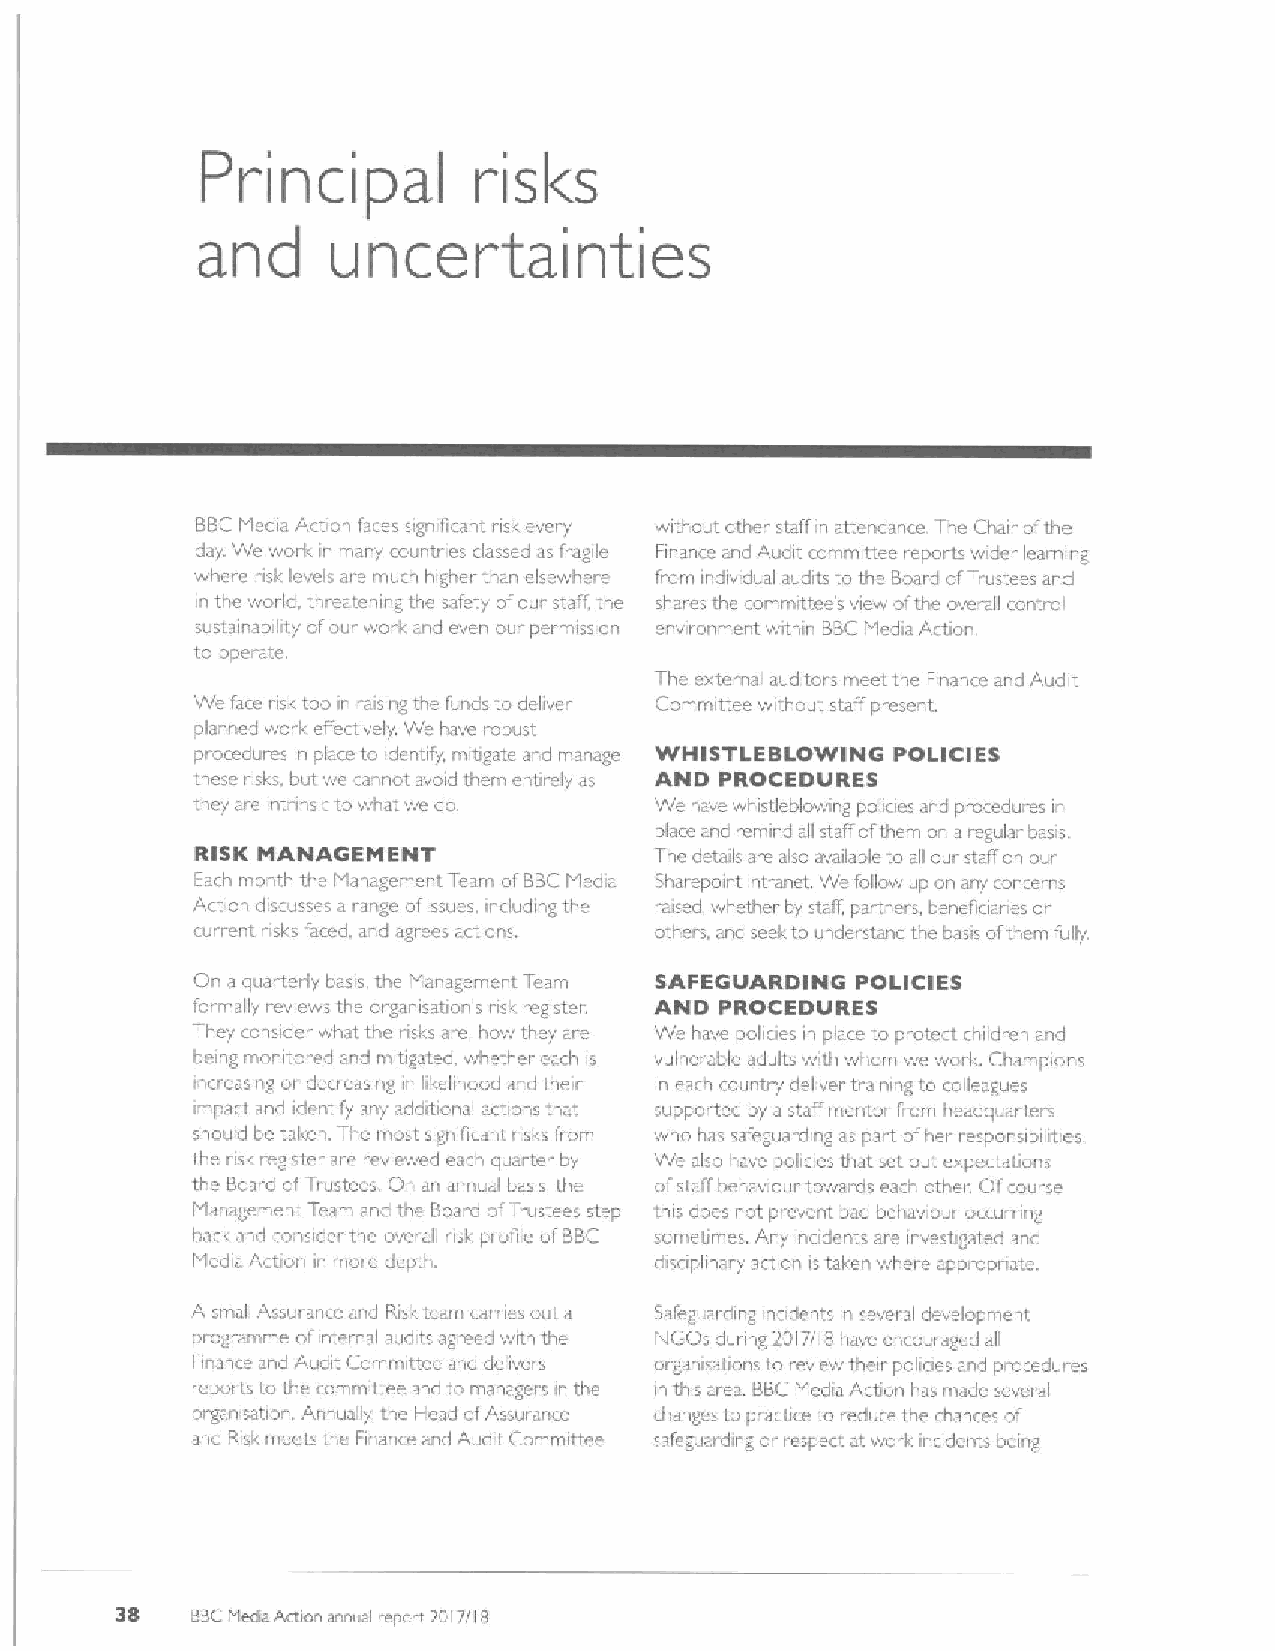
Principal
 risl&s
 and      uncer      tainties
 BBCMedia Action faces significant risk every without other staff in attendance. The Chair ofthe
 day. We worlc in many rountries classed as fiagile Finance and Auciit committee report wider learning
 where risk levels are much higher tl an elsewhere fram indwidual audits to the Board ofTrustees and
 in the world, threatening the safety ofaur staff the shares the comrrattee's view ol'the overall control
 sustainability ofour work. arid even our permission environment within BBCMedia Actian.
 to operate.
 The external auditors meet the Finanre and Audit
 We face risk too in raising the funds to delwcr Committee without staff present.
 planned work effectwely We have robust
 procedures in place to identify, mitigate and manage WHISTLEBLOWING POLICIES
 these iisks. but we cannot avoid them entirely as AND PROCEDURES
 they are intrinsi to what we do. We have whistleblowing policies and procedures in
 place and remind all staff ofthem on a regufar basis.
 RISK MANAGEMENT               The details ar'e also available to all our staff on our
 Each month the Management Team ofBBCMedia Sharepoint intranet Wc follow up on any concerns
 Action discusses a r~nge ofissues, including the raised whether by staff, part ers, beneficiaries or
 rurrent risks faced, and agrees actians. others, and seel to understand the basis ofthem fully.
 On a quarterly basis, the Management Team SAFEGUARDING POLICIES
 formally reviews the oi.ganisation's risk register AND PROCEDURES
 They consider what the nsks are how they are We have pohoes in place to pratcct children and
 being monitored and mitigated, whether each is vulnerable adults with whom we war k. Champions
 increasing or decreasing in likelihood a d their in each country delwer training to colleagues
 impacl and identify any additional actians that supported by a staff mentor from headquarters
 should be taken. The most significant risl.s from who has safeguarding as part ofher responsibilities
 the rislr register are rewewed each quarter by Wc also have policies that set out cxpcctatians
 the Board ofTrustees. O an annval basis the ofstaff behaviour towards each other Of course
 Management Team and the Board afTrustees step this doc& not prevent bad behaviour occurring
 bacl and consider the overall r'isl profile ofBBC sometimes. Any incidents are investigated and
 Media Action in mare depth.   disaplinary action i& taken where appropriate.
 A small Assura ce and Risl& team carries out a Safeguarding incidents in several development
 programme ol internal audits agreed with the NGOs during 2017/I Bhave encouraged all
 Finance and Audit Committee and delivers or.ganeatrons to review their poliaes and procedures
 reports ta the committee and to managers in the in this area. BBCMedra Actran has made several
 organisabon, An ually thc Head ofAssurance changes to practice ta reduce the chances of
 and Risk meets the Finance and Audit Committee safeguarding or respect at work incidents being
 38
 ftBC Medka Action annual report 2017718